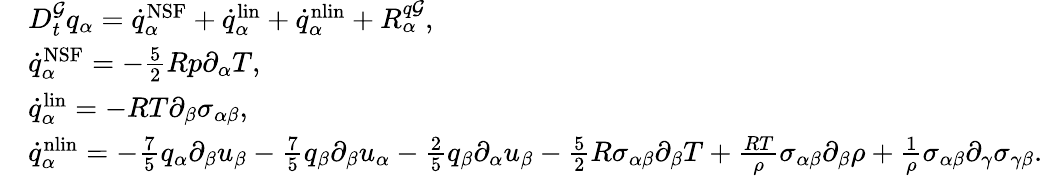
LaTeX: \begin{array}{rl}&{D_{t}^{\mathcal{G}}q_{\alpha}=\dot{q}_{\alpha}^{\mathrm{NSF}}+\dot{q}_{\alpha}^{\mathrm{lin}}+\dot{q}_{\alpha}^{\mathrm{nlin}}+R_{\alpha}^{q\mathcal{G}},}\\ &{\dot{q}_{\alpha}^{\mathrm{NSF}}=-\frac{5}{2}Rp\partial_{\alpha}T,}\\ &{\dot{q}_{\alpha}^{\mathrm{lin}}=-RT\partial_{\beta}\sigma_{\alpha\beta},}\\ &{\dot{q}_{\alpha}^{\mathrm{nlin}}=-\frac{7}{5}q_{\alpha}\partial_{\beta}u_{\beta}-\frac{7}{5}q_{\beta}\partial_{\beta}u_{\alpha}-\frac{2}{5}q_{\beta}\partial_{\alpha}u_{\beta}-\frac{5}{2}R\sigma_{\alpha\beta}\partial_{\beta}T+\frac{RT}{\rho}\sigma_{\alpha\beta}\partial_{\beta}\rho+\frac{1}{\rho}\sigma_{\alpha\beta}\partial_{\gamma}\sigma_{\gamma\beta}.}\end{array}